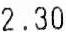
2.30